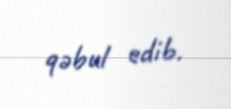
qəbul edib.